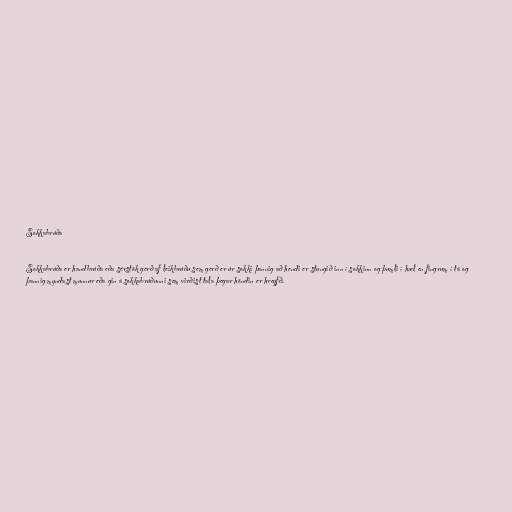
Sokkabrúða

Sokkabrúða er handbrúða eða sérstök gerð af leikbrúðu sem gerð er úr sokki þannig að hendi er stungið inn í sokkinn og þumli í hæl en fingrum í tá og
þannig myndast munnur eða gin á sokkabrúðunni sem virðist tala þegar höndin er hreyfð.